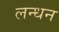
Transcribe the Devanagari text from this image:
लन्धन